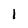
Character: 1